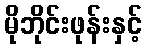
မိုဘိုင်းဖုန်းနှင့်